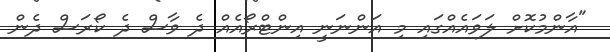
"އާންމުކޮށް ލަވައެއްގައި މި އަންނަނީ އިންޓްރޯއެއް ދެ ވާސް ދެ ކޯރަސް ދެން